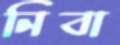
নিবা